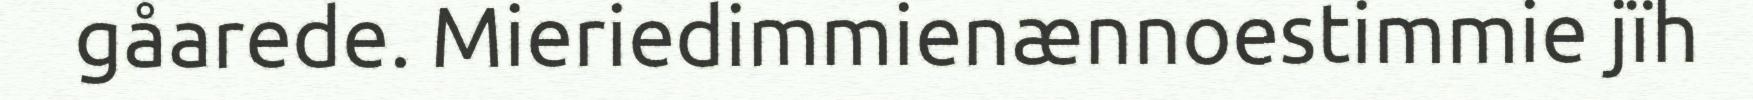
gåarede. Mieriedimmienænnoestimmie jïh